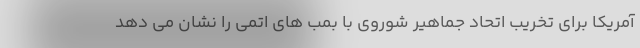
آمریکا برای تخریب اتحاد جماهیر شوروی با بمب های اتمی را نشان می دهد